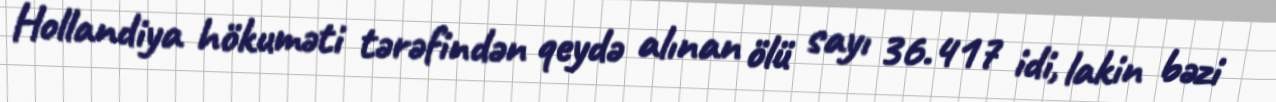
Hollandiya hökuməti tərəfindən qeydə alınan ölü sayı 36.417 idi, lakin bəzi